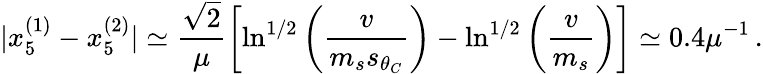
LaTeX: |x_{5}^{(1)}-x_{5}^{(2)}|\simeq\frac{\sqrt{2}}{\mu}\left[\ln^{1/2}\left(\frac{v}{m_{s}s_{\theta_{C}}}\right)-\ln^{1/2}\left(\frac{v}{m_{s}}\right)\right]\simeq 0.4\mu^{-1}\, .